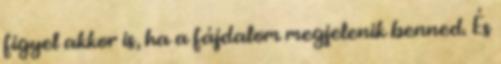
figyel akkor is, ha a fájdalom megjelenik benned. És